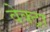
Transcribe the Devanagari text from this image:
वेक्ट्रा